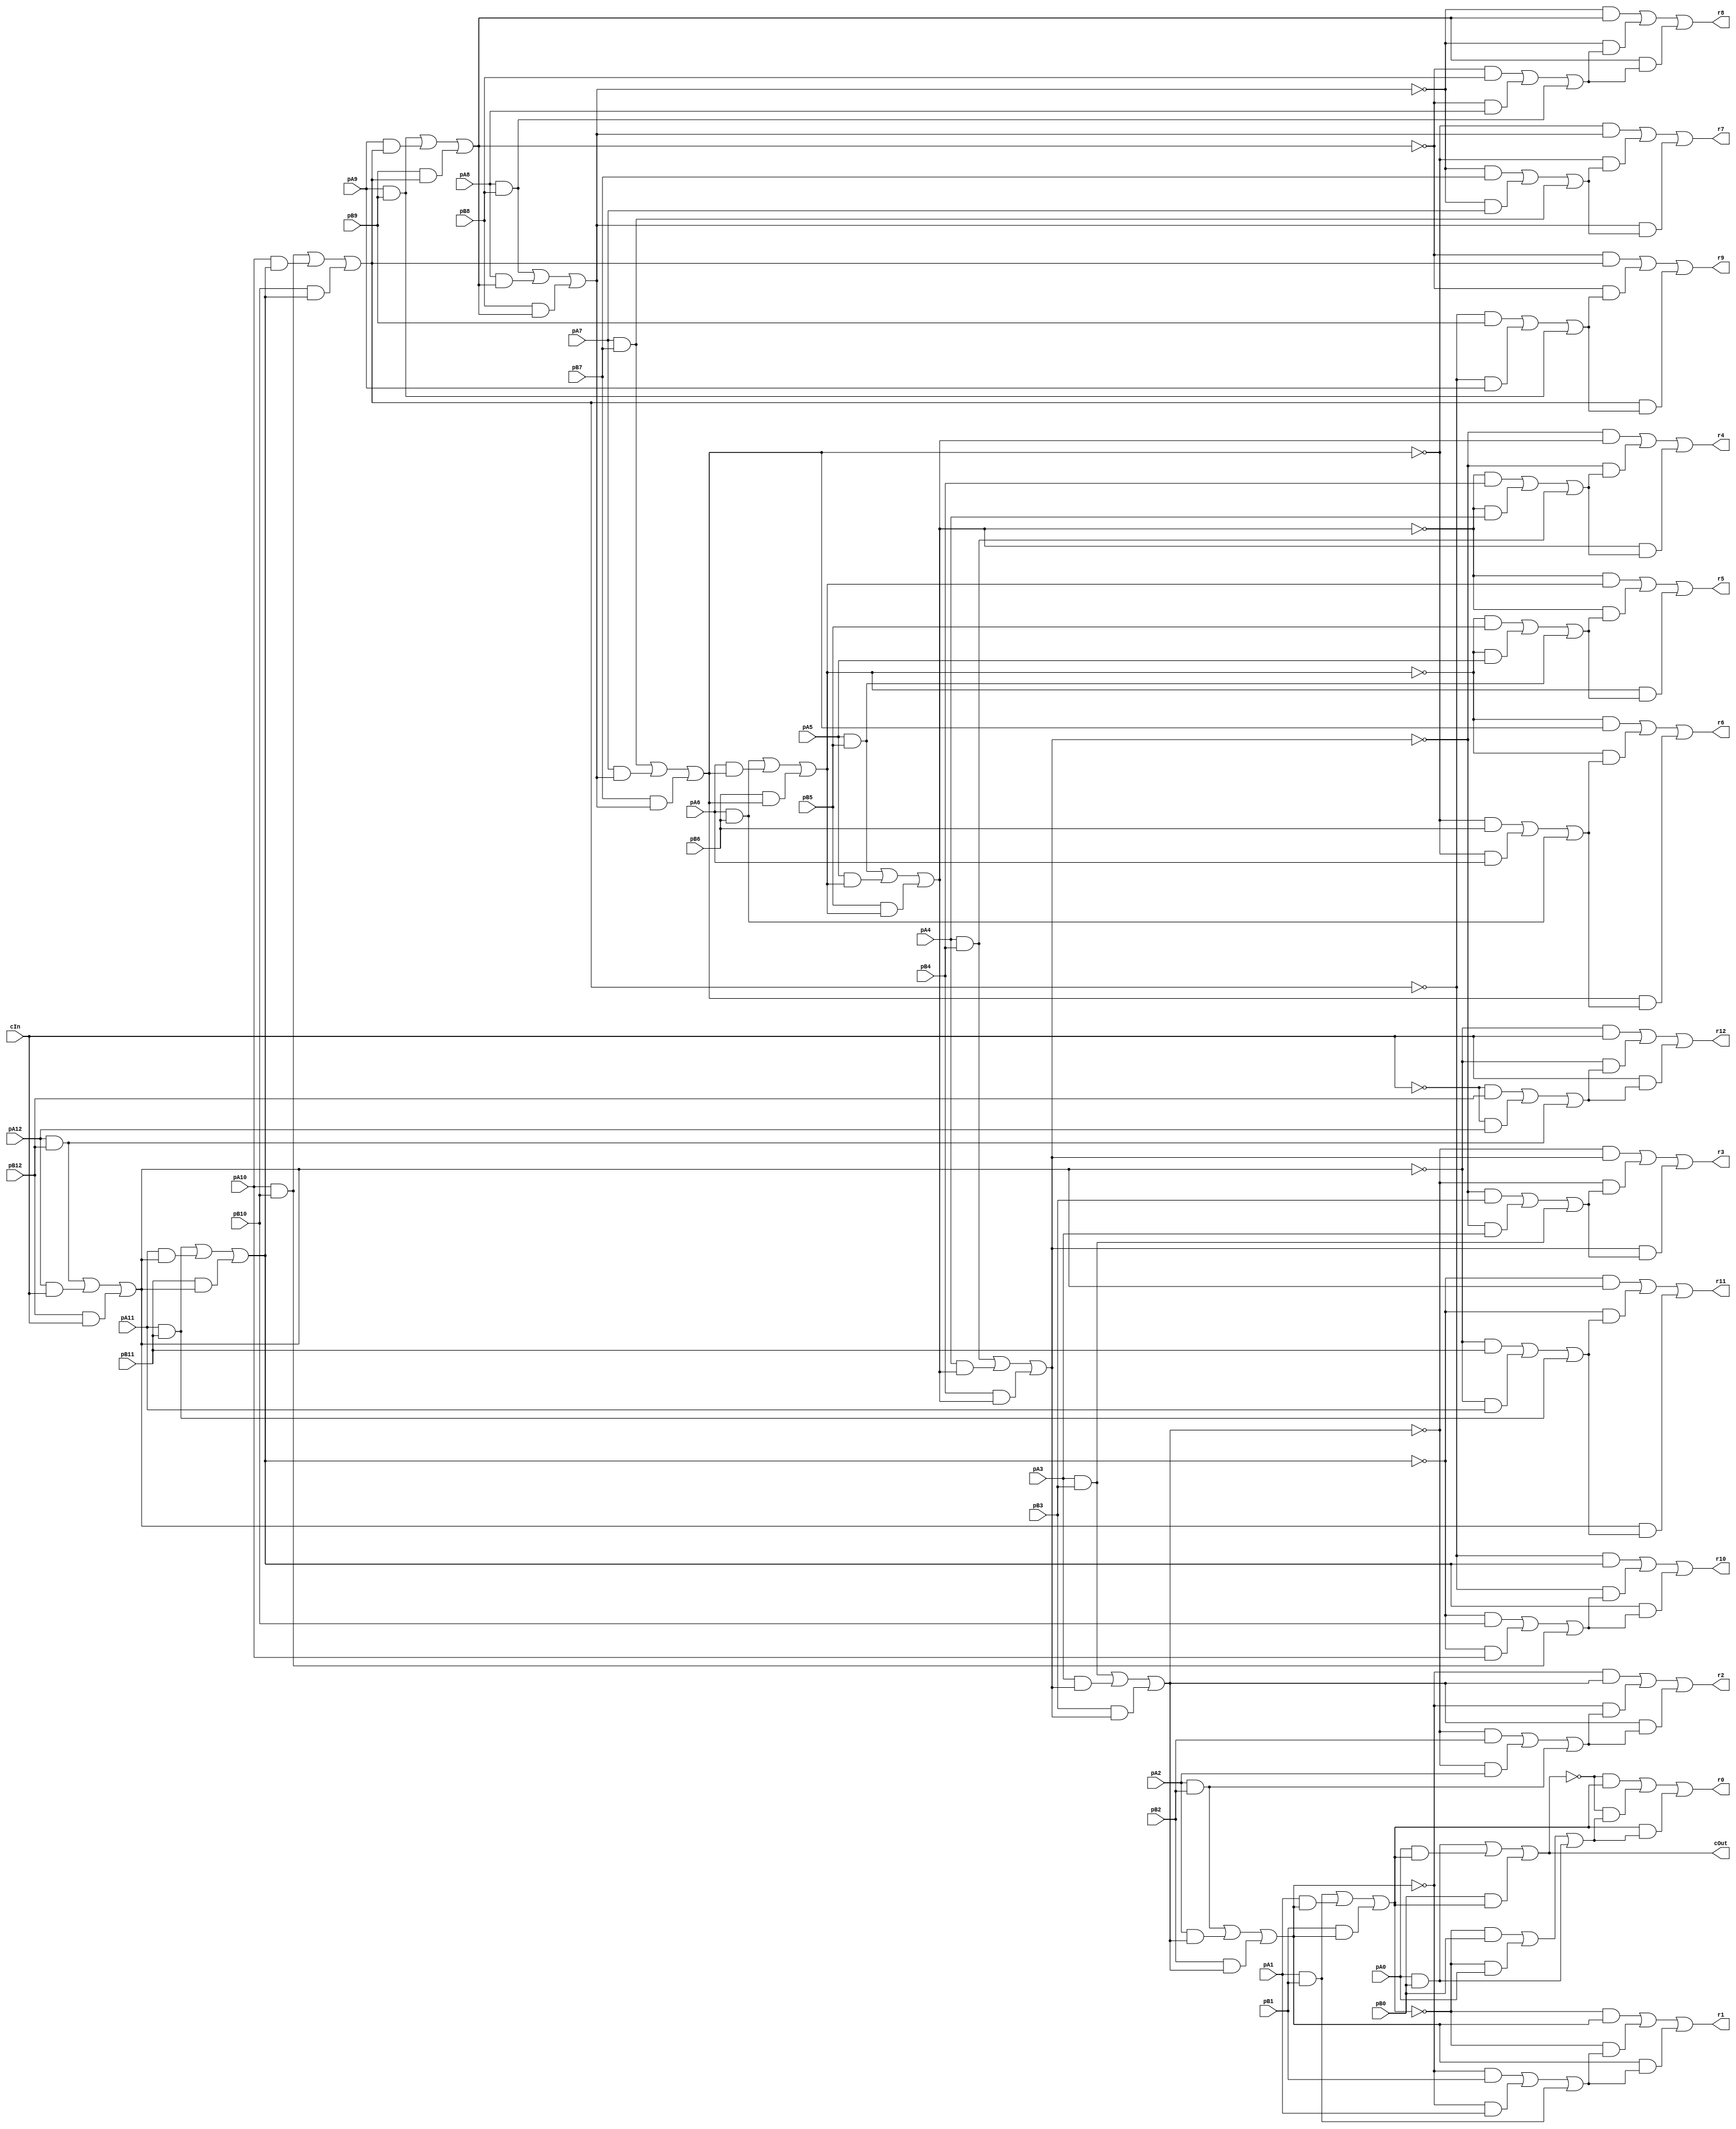

module MajRippleCarryAdder_13(pA12,pA11,pA10,pA9,pA8,pA7,pA6,pA5,pA4,pA3,pA2,pA1,pA0,pB12,pB11,pB10,pB9,pB8,pB7,pB6,pB5,pB4,pB3,pB2,pB1,pB0,r12,r11,r10,r9,r8,r7,r6,r5,r4,r3,r2,r1,r0,cIn, cOut);
input pA12,pA11,pA10,pA9,pA8,pA7,pA6,pA5,pA4,pA3,pA2,pA1,pA0,pB12,pB11,pB10,pB9,pB8,pB7,pB6,pB5,pB4,pB3,pB2,pB1,pB0,cIn;
output r12,r11,r10,r9,r8,r7,r6,r5,r4,r3,r2,r1,r0,cOut;
wire f0,f1,f2,f3,f4,f5,f6,f7,f8,f9,f10,f11,f12,carryX0,carryX1,carryX2,carryX3,carryX4,carryX5,carryX6,carryX7,carryX8,carryX9,carryX10,carryX11,carryX12,carryX13,a0,a1,a2,a3,a4,a5,a6,a7,a8,a9,a10,a11,a12,b0,b1,b2,b3,b4,b5,b6,b7,b8,b9,b10,b11,b12,s0,s1,s2,s3,s4,s5,s6,s7,s8,s9,s10,s11,s12;
assign a0 = pA12;
assign b0 = pB12;
assign r12 = s0;

assign a1 = pA11;
assign b1 = pB11;
assign r11 = s1;

assign a2 = pA10;
assign b2 = pB10;
assign r10 = s2;

assign a3 = pA9;
assign b3 = pB9;
assign r9 = s3;

assign a4 = pA8;
assign b4 = pB8;
assign r8 = s4;

assign a5 = pA7;
assign b5 = pB7;
assign r7 = s5;

assign a6 = pA6;
assign b6 = pB6;
assign r6 = s6;

assign a7 = pA5;
assign b7 = pB5;
assign r5 = s7;

assign a8 = pA4;
assign b8 = pB4;
assign r4 = s8;

assign a9 = pA3;
assign b9 = pB3;
assign r3 = s9;

assign a10 = pA2;
assign b10 = pB2;
assign r2 = s10;

assign a11 = pA1;
assign b11 = pB1;
assign r1 = s11;

assign a12 = pA0;
assign b12 = pB0;
assign r0 = s12;

assign carryX1 = (a0 & b0) | (a0 & carryX0) | (b0 & carryX0);
assign f0 = (~carryX0 & b0) | (~carryX0 & a0) | (b0 & a0);
assign s0 = (~carryX1 & carryX0) | (~carryX1 & f0) | (carryX0 & f0);
assign carryX2 = (a1 & b1) | (a1 & carryX1) | (b1 & carryX1);
assign f1 = (~carryX1 & b1) | (~carryX1 & a1) | (b1 & a1);
assign s1 = (~carryX2 & carryX1) | (~carryX2 & f1) | (carryX1 & f1);
assign carryX3 = (a2 & b2) | (a2 & carryX2) | (b2 & carryX2);
assign f2 = (~carryX2 & b2) | (~carryX2 & a2) | (b2 & a2);
assign s2 = (~carryX3 & carryX2) | (~carryX3 & f2) | (carryX2 & f2);
assign carryX4 = (a3 & b3) | (a3 & carryX3) | (b3 & carryX3);
assign f3 = (~carryX3 & b3) | (~carryX3 & a3) | (b3 & a3);
assign s3 = (~carryX4 & carryX3) | (~carryX4 & f3) | (carryX3 & f3);
assign carryX5 = (a4 & b4) | (a4 & carryX4) | (b4 & carryX4);
assign f4 = (~carryX4 & b4) | (~carryX4 & a4) | (b4 & a4);
assign s4 = (~carryX5 & carryX4) | (~carryX5 & f4) | (carryX4 & f4);
assign carryX6 = (a5 & b5) | (a5 & carryX5) | (b5 & carryX5);
assign f5 = (~carryX5 & b5) | (~carryX5 & a5) | (b5 & a5);
assign s5 = (~carryX6 & carryX5) | (~carryX6 & f5) | (carryX5 & f5);
assign carryX7 = (a6 & b6) | (a6 & carryX6) | (b6 & carryX6);
assign f6 = (~carryX6 & b6) | (~carryX6 & a6) | (b6 & a6);
assign s6 = (~carryX7 & carryX6) | (~carryX7 & f6) | (carryX6 & f6);
assign carryX8 = (a7 & b7) | (a7 & carryX7) | (b7 & carryX7);
assign f7 = (~carryX7 & b7) | (~carryX7 & a7) | (b7 & a7);
assign s7 = (~carryX8 & carryX7) | (~carryX8 & f7) | (carryX7 & f7);
assign carryX9 = (a8 & b8) | (a8 & carryX8) | (b8 & carryX8);
assign f8 = (~carryX8 & b8) | (~carryX8 & a8) | (b8 & a8);
assign s8 = (~carryX9 & carryX8) | (~carryX9 & f8) | (carryX8 & f8);
assign carryX10 = (a9 & b9) | (a9 & carryX9) | (b9 & carryX9);
assign f9 = (~carryX9 & b9) | (~carryX9 & a9) | (b9 & a9);
assign s9 = (~carryX10 & carryX9) | (~carryX10 & f9) | (carryX9 & f9);
assign carryX11 = (a10 & b10) | (a10 & carryX10) | (b10 & carryX10);
assign f10 = (~carryX10 & b10) | (~carryX10 & a10) | (b10 & a10);
assign s10 = (~carryX11 & carryX10) | (~carryX11 & f10) | (carryX10 & f10);
assign carryX12 = (a11 & b11) | (a11 & carryX11) | (b11 & carryX11);
assign f11 = (~carryX11 & b11) | (~carryX11 & a11) | (b11 & a11);
assign s11 = (~carryX12 & carryX11) | (~carryX12 & f11) | (carryX11 & f11);
assign carryX13 = (a12 & b12) | (a12 & carryX12) | (b12 & carryX12);
assign f12 = (~carryX12 & b12) | (~carryX12 & a12) | (b12 & a12);
assign s12 = (~carryX13 & carryX12) | (~carryX13 & f12) | (carryX12 & f12);
assign carryX0 = cIn;
assign cOut = carryX13;
endmodule